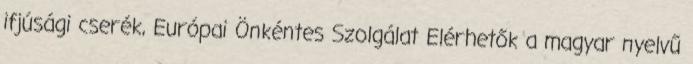
ifjúsági cserék, Európai Önkéntes Szolgálat Elérhetők a magyar nyelvű